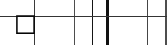
٦